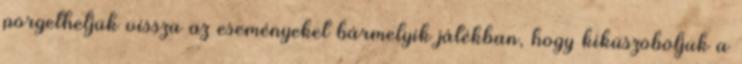
pörgethetjük vissza az eseményeket bármelyik játékban, hogy kiküszöböljük a